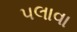
પલાવા